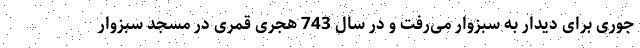
جوری برای دیدار به سبزوار می‌رفت و در سال 743 هجری قمری در مسجد سبزوار